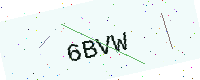
Text: 6BVW